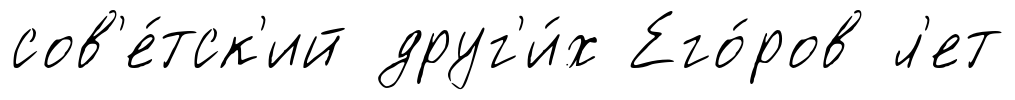
сов'е́тск'ий друг'и́х Его́ров л'ет